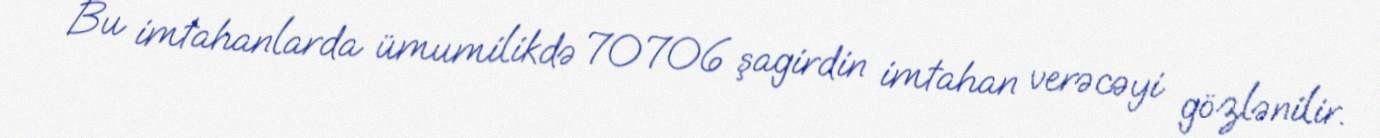
Bu imtahanlarda ümumilikdə 70706 şagirdin imtahan verəcəyi gözlənilir.